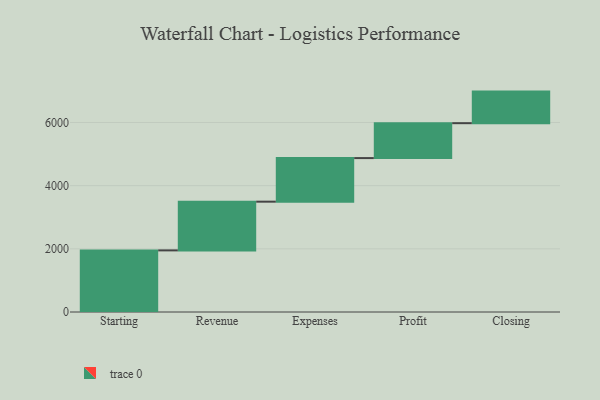
{"axis": {"x": "Step", "y": "Value"}, "legend": [""], "data": [{"x": "Starting", "y": 1951.0, "type": ""}, {"x": "Revenue", "y": 1542.0, "type": ""}, {"x": "Expenses", "y": 1380.0, "type": ""}, {"x": "Profit", "y": 1105.0, "type": ""}, {"x": "Closing", "y": 1000, "type": ""}]}